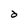
Character: d